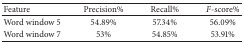
<table><thead><tr><td><b>Feature</b></td><td><b>Precision%</b></td><td><b>Recall%</b></td><td><b><i>F</i>-score%</b></td></tr></thead><tbody><tr><td>Word window 5</td><td>54.89%</td><td>57.34%</td><td>56.09%</td></tr><tr><td>Word window 7</td><td>53%</td><td>54.85%</td><td>53.91%</td></tr></tbody></table>